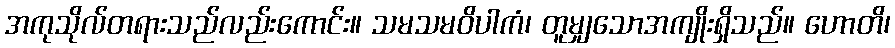
အကုသိုလ်တရားသည်လည်းကောင်း။ သမသမဝိပါကံ၊ တူမျှသောအကျိုးရှိသည်။ ဟောတိ၊